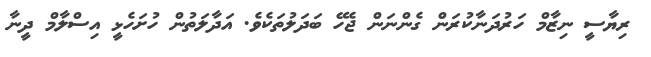
ރިޔާސީ ނިޒާމް ހަރުދަނާކުރަން ގެންނަން ޖެހޭ ބަދަލުތަކެވެ. އަދާލަތުން ހުށަހެޅީ އިސްލާމް ދީނާ